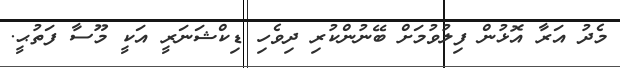
މެދު އަރާ އޮޅުން ފިލުވުމަށް ބޭނުންކުރި ދިވެހި ޑިކްޝަނަރީ އަކީ މޫސާ ފަތުޙީ.